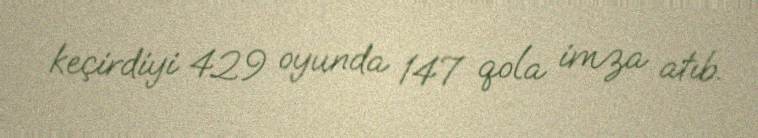
keçirdiyi 429 oyunda 147 qola imza atıb.